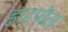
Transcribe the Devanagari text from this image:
हारपोल